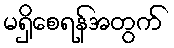
မရှိစေရန်အတွက်